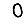
Digit: 0